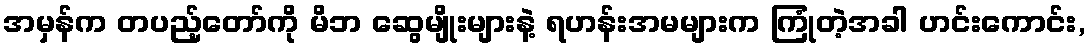
အမှန်က တပည့်တော်ကို မိဘ ဆွေမျိုးများနဲ့ ရဟန်းအမများက ကြုံတဲ့အခါ ဟင်းကောင်း,